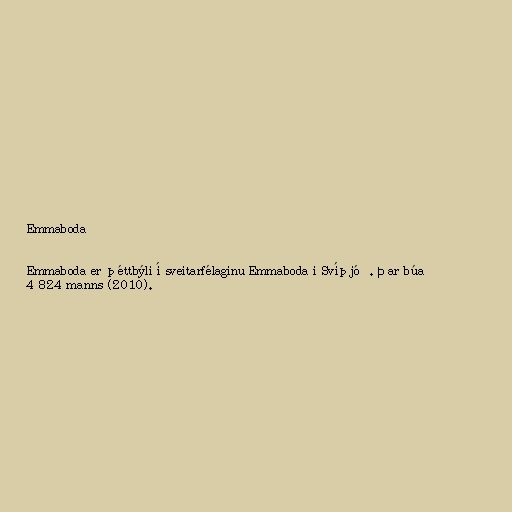
Emmaboda

Emmaboda er þéttbýli í sveitarfélaginu Emmaboda i Svíþjóð.Þar búa
4 824 manns (2010).